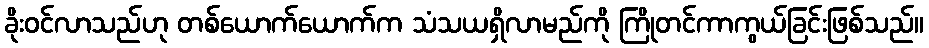
ခိုးဝင်လာသည်ဟု တစ်ယောက်ယောက်က သံသယရှိလာမည်ကို ကြိုတင်ကာကွယ်ခြင်းဖြစ်သည်။